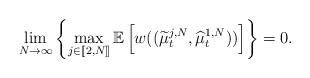
LaTeX: \begin{align*}\lim_{N \to \infty}\left\{\max_{j \in [\![2,N]\!]} \mathbb{E}\left[w((\widetilde{\mu}^{j,N}_t,\widehat{\mu}^{1,N}_t))\right]\right\}=0.\end{align*}